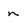
Character: n